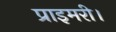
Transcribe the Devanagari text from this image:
प्राइमरी।